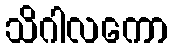
သိဂါလကော